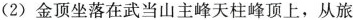
(2)金顶坐落在武当山主峰天柱峰顶上，从旅